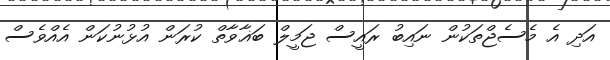
އަދި އެ މެސެޖްތަކުން ނައިބު ރައީސް ޖަމީލް ބަޣާވާތް ކުރަން އުޅުނުކަން އެއްވެސް